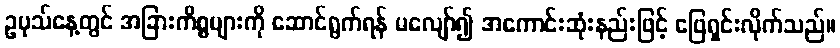
ဥပုသ်နေ့တွင် အခြားကိစ္စများကို ဆောင်ရွက်ရန် မလျော်၍ အကောင်းဆုံးနည်းဖြင့် ဖြေရှင်းလိုက်သည်။